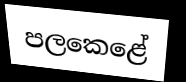
පලකෙළේ